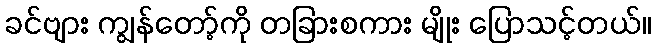
ခင်ဗျား ကျွန်တော့်ကို တခြားစကား မျိုး ပြောသင့်တယ်။